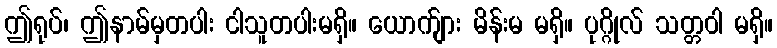
ဤရုပ်၊ ဤနာမ်မှတပါး ငါသူတပါးမရှိ။ ယောက်ျား မိန်းမ မရှိ။ ပုဂ္ဂိုလ် သတ္တဝါ မရှိ။